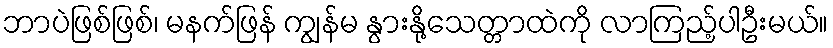
ဘာပဲဖြစ်ဖြစ်၊ မနက်ဖြန် ကျွန်မ နွားနို့သေတ္တာထဲကို လာကြည့်ပါဦးမယ်။